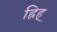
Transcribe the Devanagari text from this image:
ह्रिह्